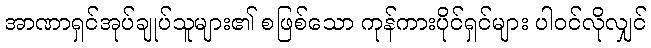
အာဏာရှင်အုပ်ချုပ်သူများ၏ စဖြစ်သော ကုန်ကားပိုင်ရှင်များ ပါဝင်လိုလျှင်